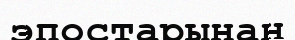
эпостарынан